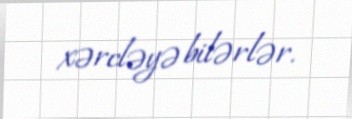
xərcləyə bilərlər.